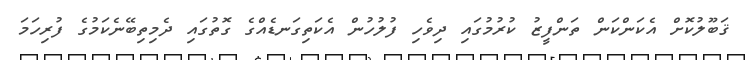
ޤަބޫލުކޮށް އެކަންކަން ތަންފީޒު ކުރުމުގައި ދިވެހި ފުލުހުން އެކަތިގަނޑެއްގެ ގޮތުގައި ދެމިތިބޭނެކަމުގެ ފުރިހަމަ